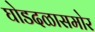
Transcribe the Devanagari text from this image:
घोडदळासमोर